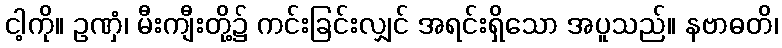
ငါ့ကို။ ဥဏှံ၊ မီးကျီးတို့၌ ကင်းခြင်းလျှင် အရင်းရှိသော အပူသည်။ နဗာဓတိ၊